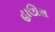
હાઊસ